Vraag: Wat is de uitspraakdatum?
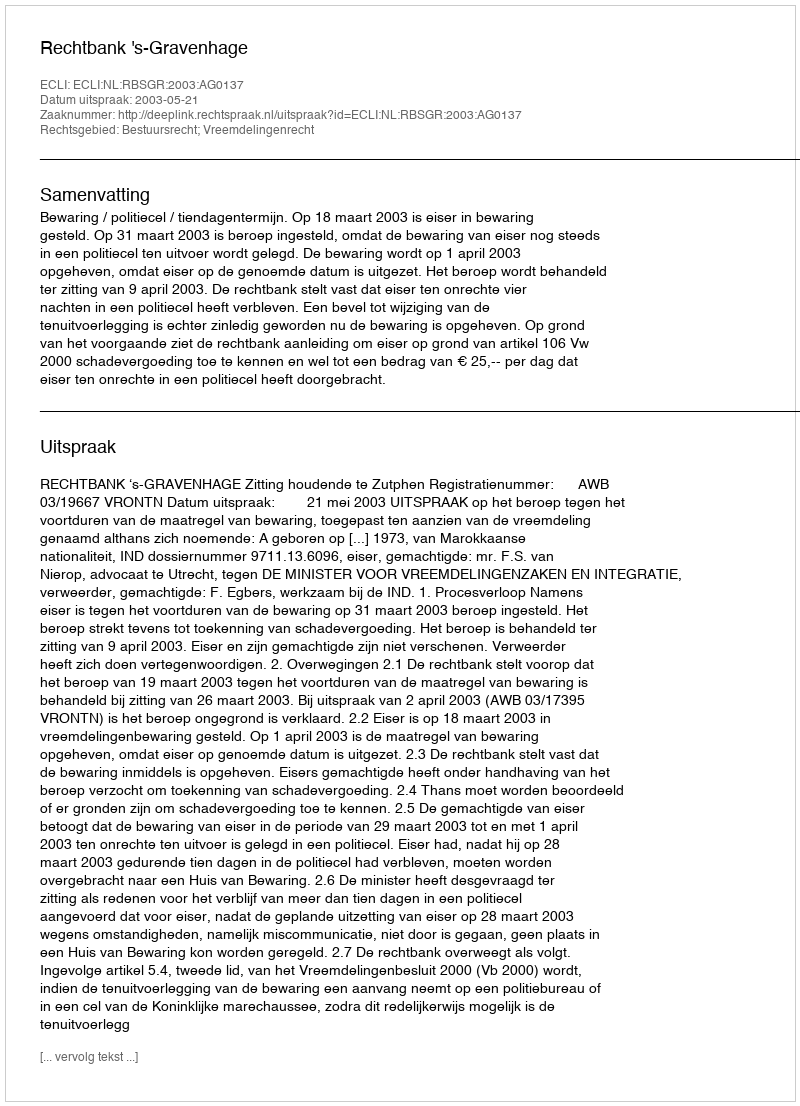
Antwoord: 2003-05-21